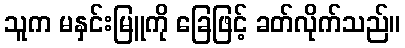
သူက မနှင်းမြူကို ခြေဖြင့် ခတ်လိုက်သည်။